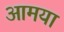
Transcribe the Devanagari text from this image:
आमया